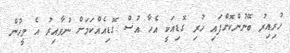
ހުރިއިރު ބޭނުންކޮށްފައި ހުރި ގޮޑިއަކީ އެހާ އުސް ގޮޑިއެއްކަމަށް ނުވާއިރު އެ މީހުން